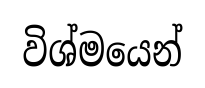
විශ්මයෙන්